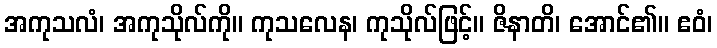
အကုသလံ၊ အကုသိုလ်ကို။ ကုသလေန၊ ကုသိုလ်ဖြင့်။ ဇိနာတိ၊ အောင်၏။ ဧဝံ၊